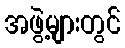
အဖွဲ့များတွင်